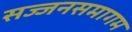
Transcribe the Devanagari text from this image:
सज्जनसमागम